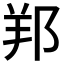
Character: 𨛁